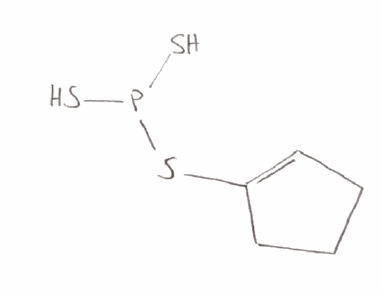
Simplified molecular-input line-entry system (SMILES) notation of the given molecule:
C1CC=C(C1)SP(S)S